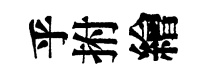
乎拊繪